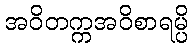
အဝိတက္ကအဝိစာရမ္ပိ